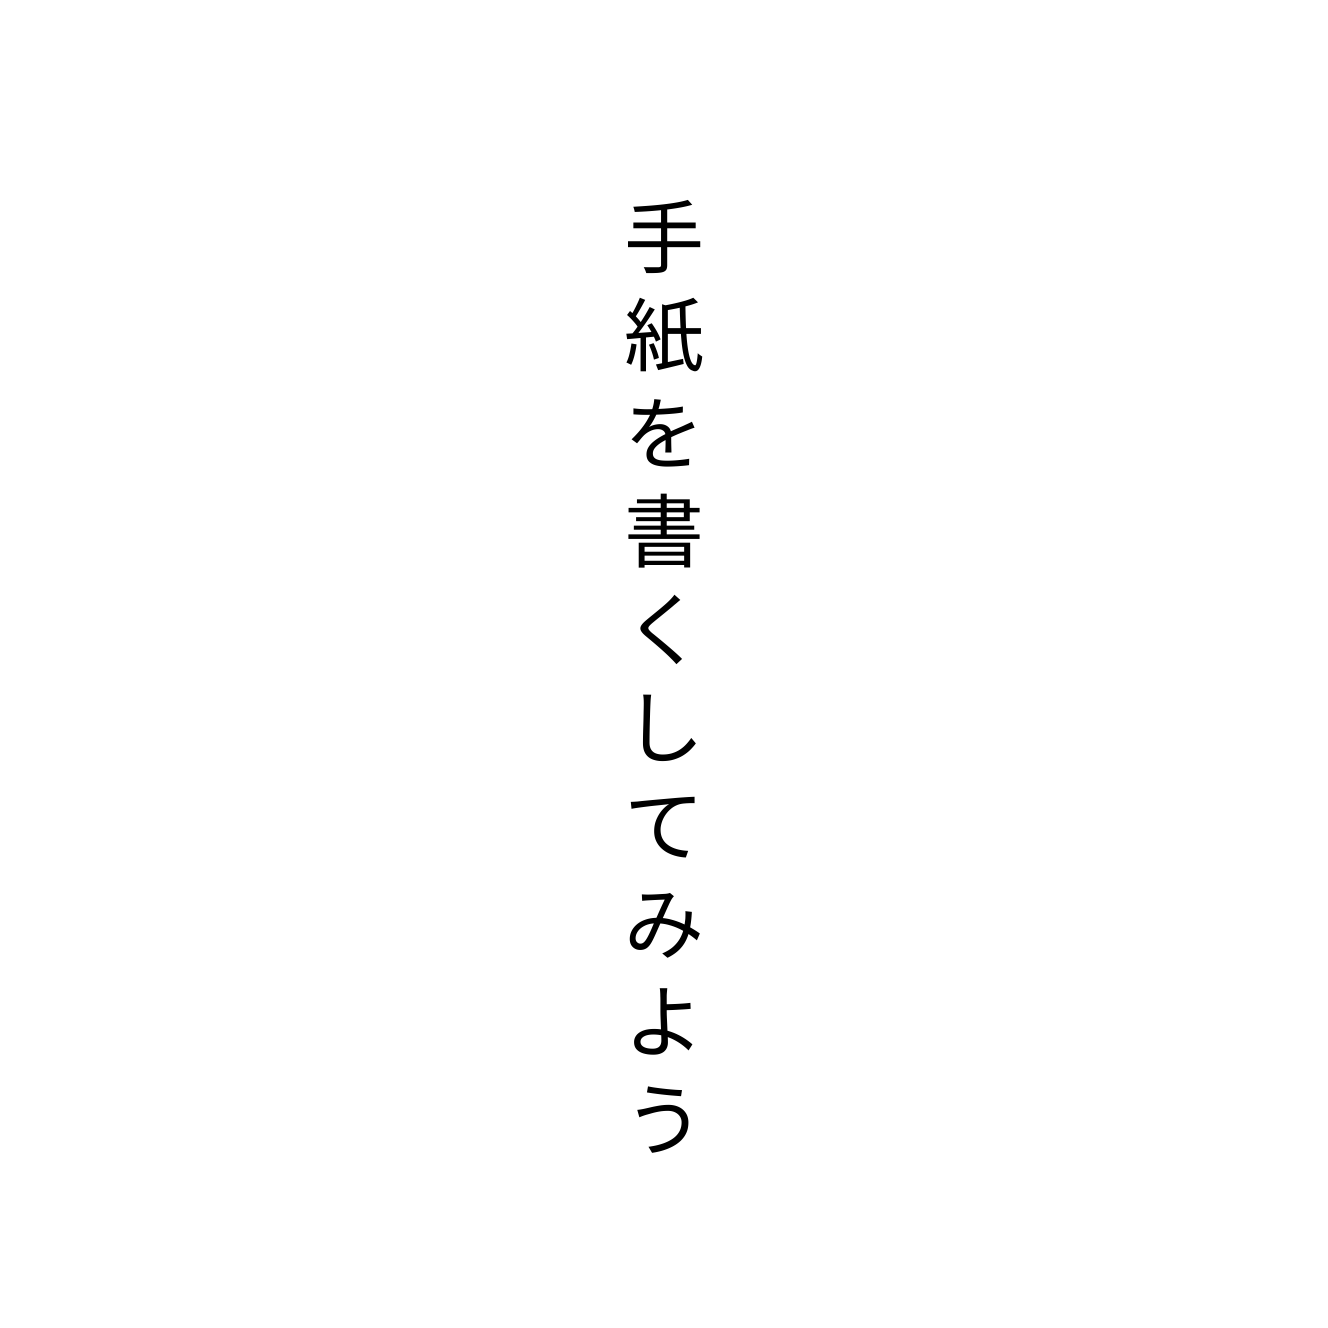
手紙を書くしてみよう